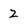
Character: Z